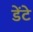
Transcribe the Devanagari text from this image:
डेंटे